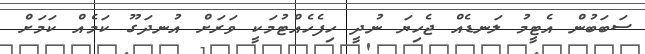
ސަބަބުން އެޓީމު ލަނޑެއް ޖެހިޔަ ނުދީ ހިފެހެއްޓުމަކީ ވަރަށް އުނދަގޫ ކަމެއް ކަމަށް